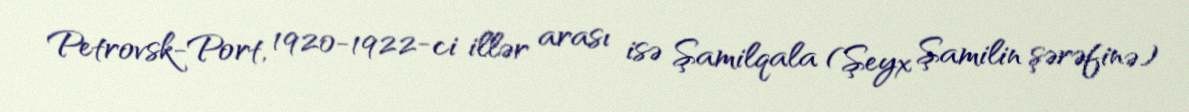
Petrovsk-Port, 1920-1922-ci illər arası isə Şamilqala (Şeyx Şamilin şərəfinə)